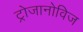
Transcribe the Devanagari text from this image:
ट्रोजानोविज